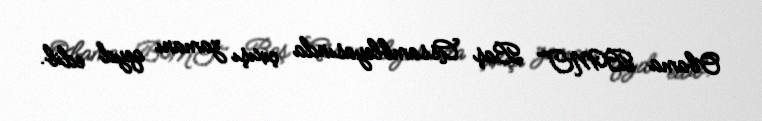
Obama BMT Baş Assambleyasında çıxışı zamanı qeyd edib.